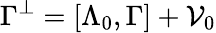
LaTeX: \Gamma^{\perp}=[\Lambda_{0},\Gamma]+\mathcal{V}_{0}